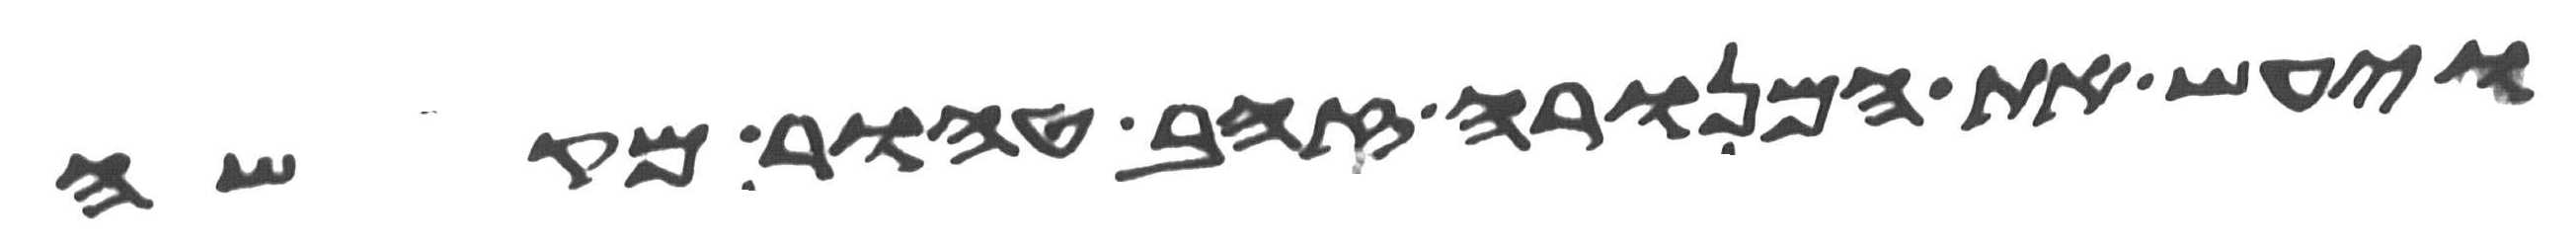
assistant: ויעש את המנורה זהב טהור מקשה